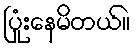
ပြုံးနေမိတယ်။